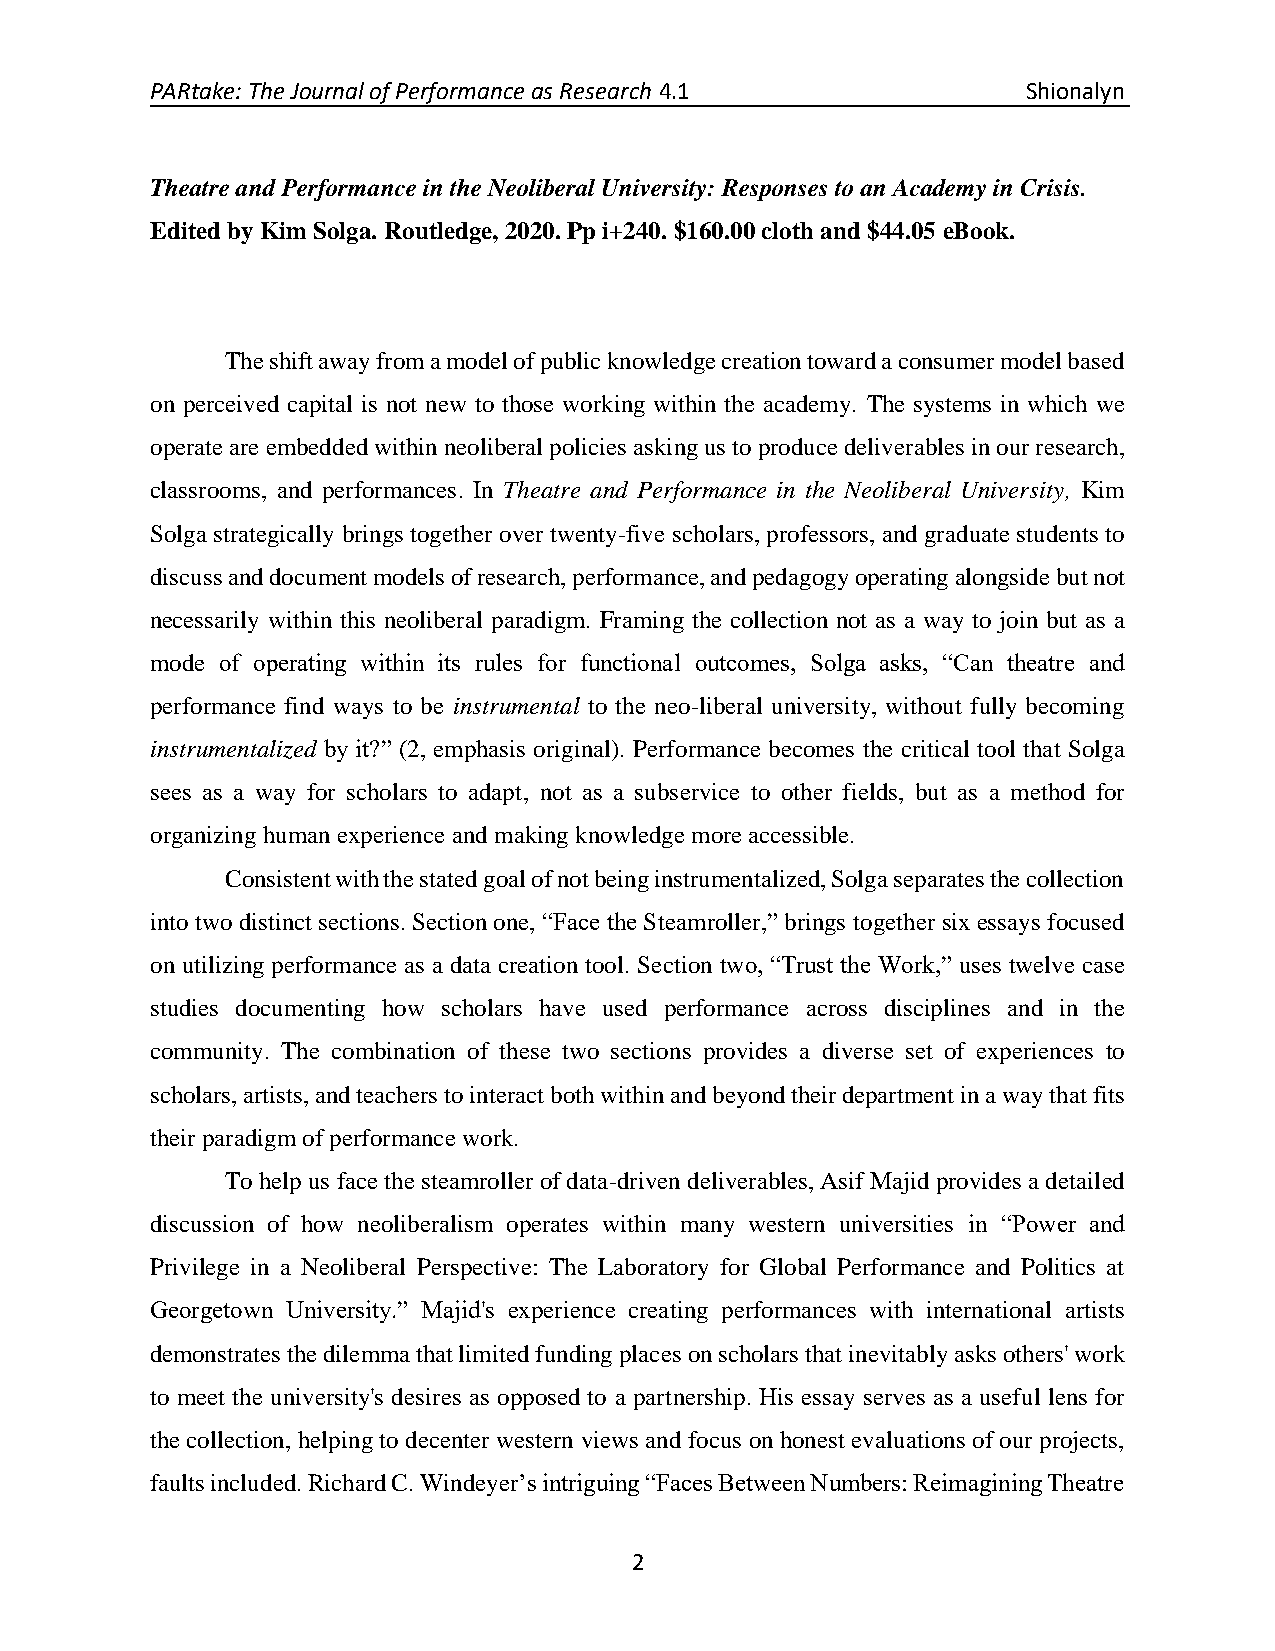
PARtake: The Journal of Performance as Research 4.1       Shionalyn
 Theatre and Performance in the Neoliberal University: Responses to an Academy in Crisis.
 Edited by Kim Solga. Routledge, 2020. Pp i+240. $160.00 cloth and $44.05 eBook.
 The shift away from a model of public knowledge creation toward a consumer model based
 on perceived capital is not new to those working within the academy. The systems in which we
 operate are embedded within neoliberal policies asking us to produce deliverables in our research,
 classrooms, and performances. In Theatre and Performance in the Neoliberal University, Kim
 Solga strategically brings together over twenty-five scholars, professors, and graduate students to
 discuss and document models of research, performance, and pedagogy operating alongside but not
 necessarily within this neoliberal paradigm. Framing the collection not as a way to join but as a
 mode of operating within its rules for functional outcomes, Solga asks, “Can theatre and
 performance find ways to be instrumental to the neo-liberal university, without fully becoming
 instrumentalized by it?” (2, emphasis original). Performance becomes the critical tool that Solga
 sees as a way for scholars to adapt, not as a subservice to other fields, but as a method for
 organizing human experience and making knowledge more accessible.
 Consistent with the stated goal of not being instrumentalized, Solga separates the collection
 into two distinct sections. Section one, “Face the Steamroller,” brings together six essays focused
 on utilizing performance as a data creation tool. Section two, “Trust the Work,” uses twelve case
 studies documenting how scholars have used performance across disciplines and in the
 community. The combination of these two sections provides a diverse set of experiences to
 scholars, artists, and teachers to interact both within and beyond their department in a way that fits
 their paradigm of performance work.
 To help us face the steamroller of data-driven deliverables, Asif Majid provides a detailed
 discussion of how neoliberalism operates within many western universities in “Power and
 Privilege in a Neoliberal Perspective: The Laboratory for Global Performance and Politics at
 Georgetown University.” Majid's experience creating performances with international artists
 demonstrates the dilemma that limited funding places on scholars that inevitably asks others' work
 to meet the university's desires as opposed to a partnership. His essay serves as a useful lens for
 the collection, helping to decenter western views and focus on honest evaluations of our projects,
 faults included. Richard C. Windeyer’s intriguing “Faces Between Numbers: Reimagining Theatre
 2